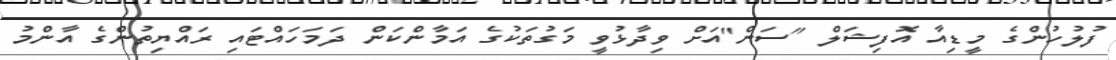
ފުލުހުންގެ މީޑިއާ އޮފިޝަލް "ސަން"އަށް ވިދާޅުވީ މަގުތަކުގެ އަމާންކަން ދަމަހައްޓައި ރައްޔިތުންގެ އާންމު